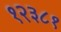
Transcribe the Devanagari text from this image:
१२३८१